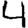
Digit: 4